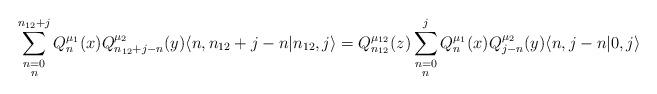
LaTeX: \begin{align*} \displaystyle\sum\limits_{\substack{n=0\\ n}}^{n_{12}+j} Q_n^{\mu_1}(x) Q_{n_{12}+j-n}^{\mu_2}(y) \langle n, n_{12}+j-n |n_{12},j\rangle = Q_{n_{12}}^{\mu_{12}}(z) \displaystyle\sum\limits_{\substack{n=0\\ n}}^{j} Q_n^{\mu_1}(x) Q_{j-n}^{\mu_2}(y) \langle n, j-n | 0,j \rangle\end{align*}